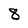
Character: 8